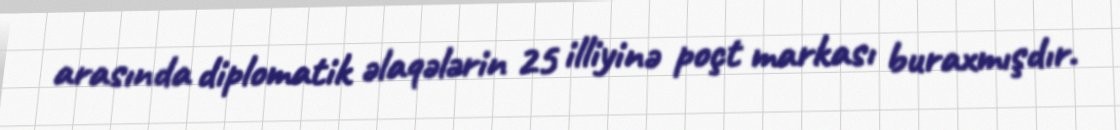
arasında diplomatik əlaqələrin 25 illiyinə poçt markası buraxmışdır.